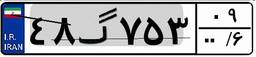
۴۸گ۷۵۳۰۹